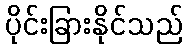
ပိုင်းခြားနိုင်သည်